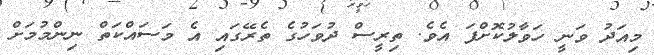
މިއަދު ވަނީ ހަވާލުކޮށްފަ އެވެ. ތިރީސް ދުވަހުގެ ތެރޭގައި އެ މަސައްކަތް ނިންމުމަށް